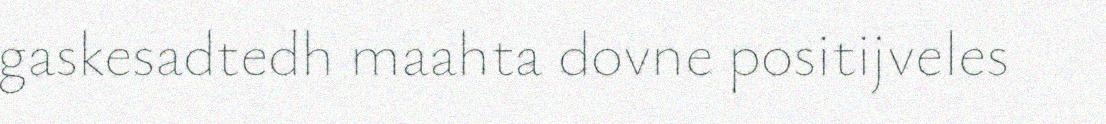
gaskesadtedh maahta dovne positijveles